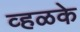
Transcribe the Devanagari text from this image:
व्हळके